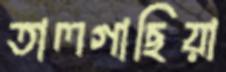
তালগাছিয়া